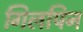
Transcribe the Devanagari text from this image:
गिलपिन